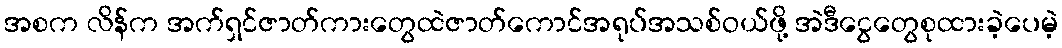
အစက လိန်က အက်ရှင်ဇာတ်ကားတွေထဲဇာတ်ကောင်အရုပ်အသစ်ဝယ်ဖို့ အဲဒီငွေတွေစုထားခဲ့ပေမဲ့